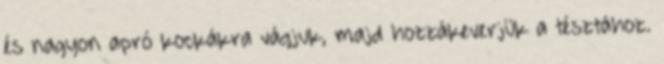
és nagyon apró kockákra vágjuk, majd hozzákeverjük a tésztához.